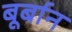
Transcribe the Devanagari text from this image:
बूर्बान